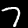
Digit: 7